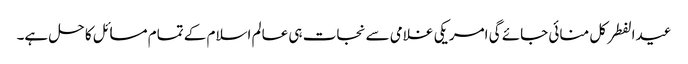
عیدالفطر کل منائی جائے گی امریکی غلامی سے نجات ہی عالم اسلام کے تمام مسائل کا حل ہے۔